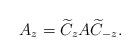
LaTeX: \begin{align*}A_z = \widetilde{C}_z A \widetilde{C}_{-z}.\end{align*}